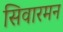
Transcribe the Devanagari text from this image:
सिवारमन